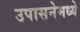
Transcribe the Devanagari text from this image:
उपासनेमध्ये